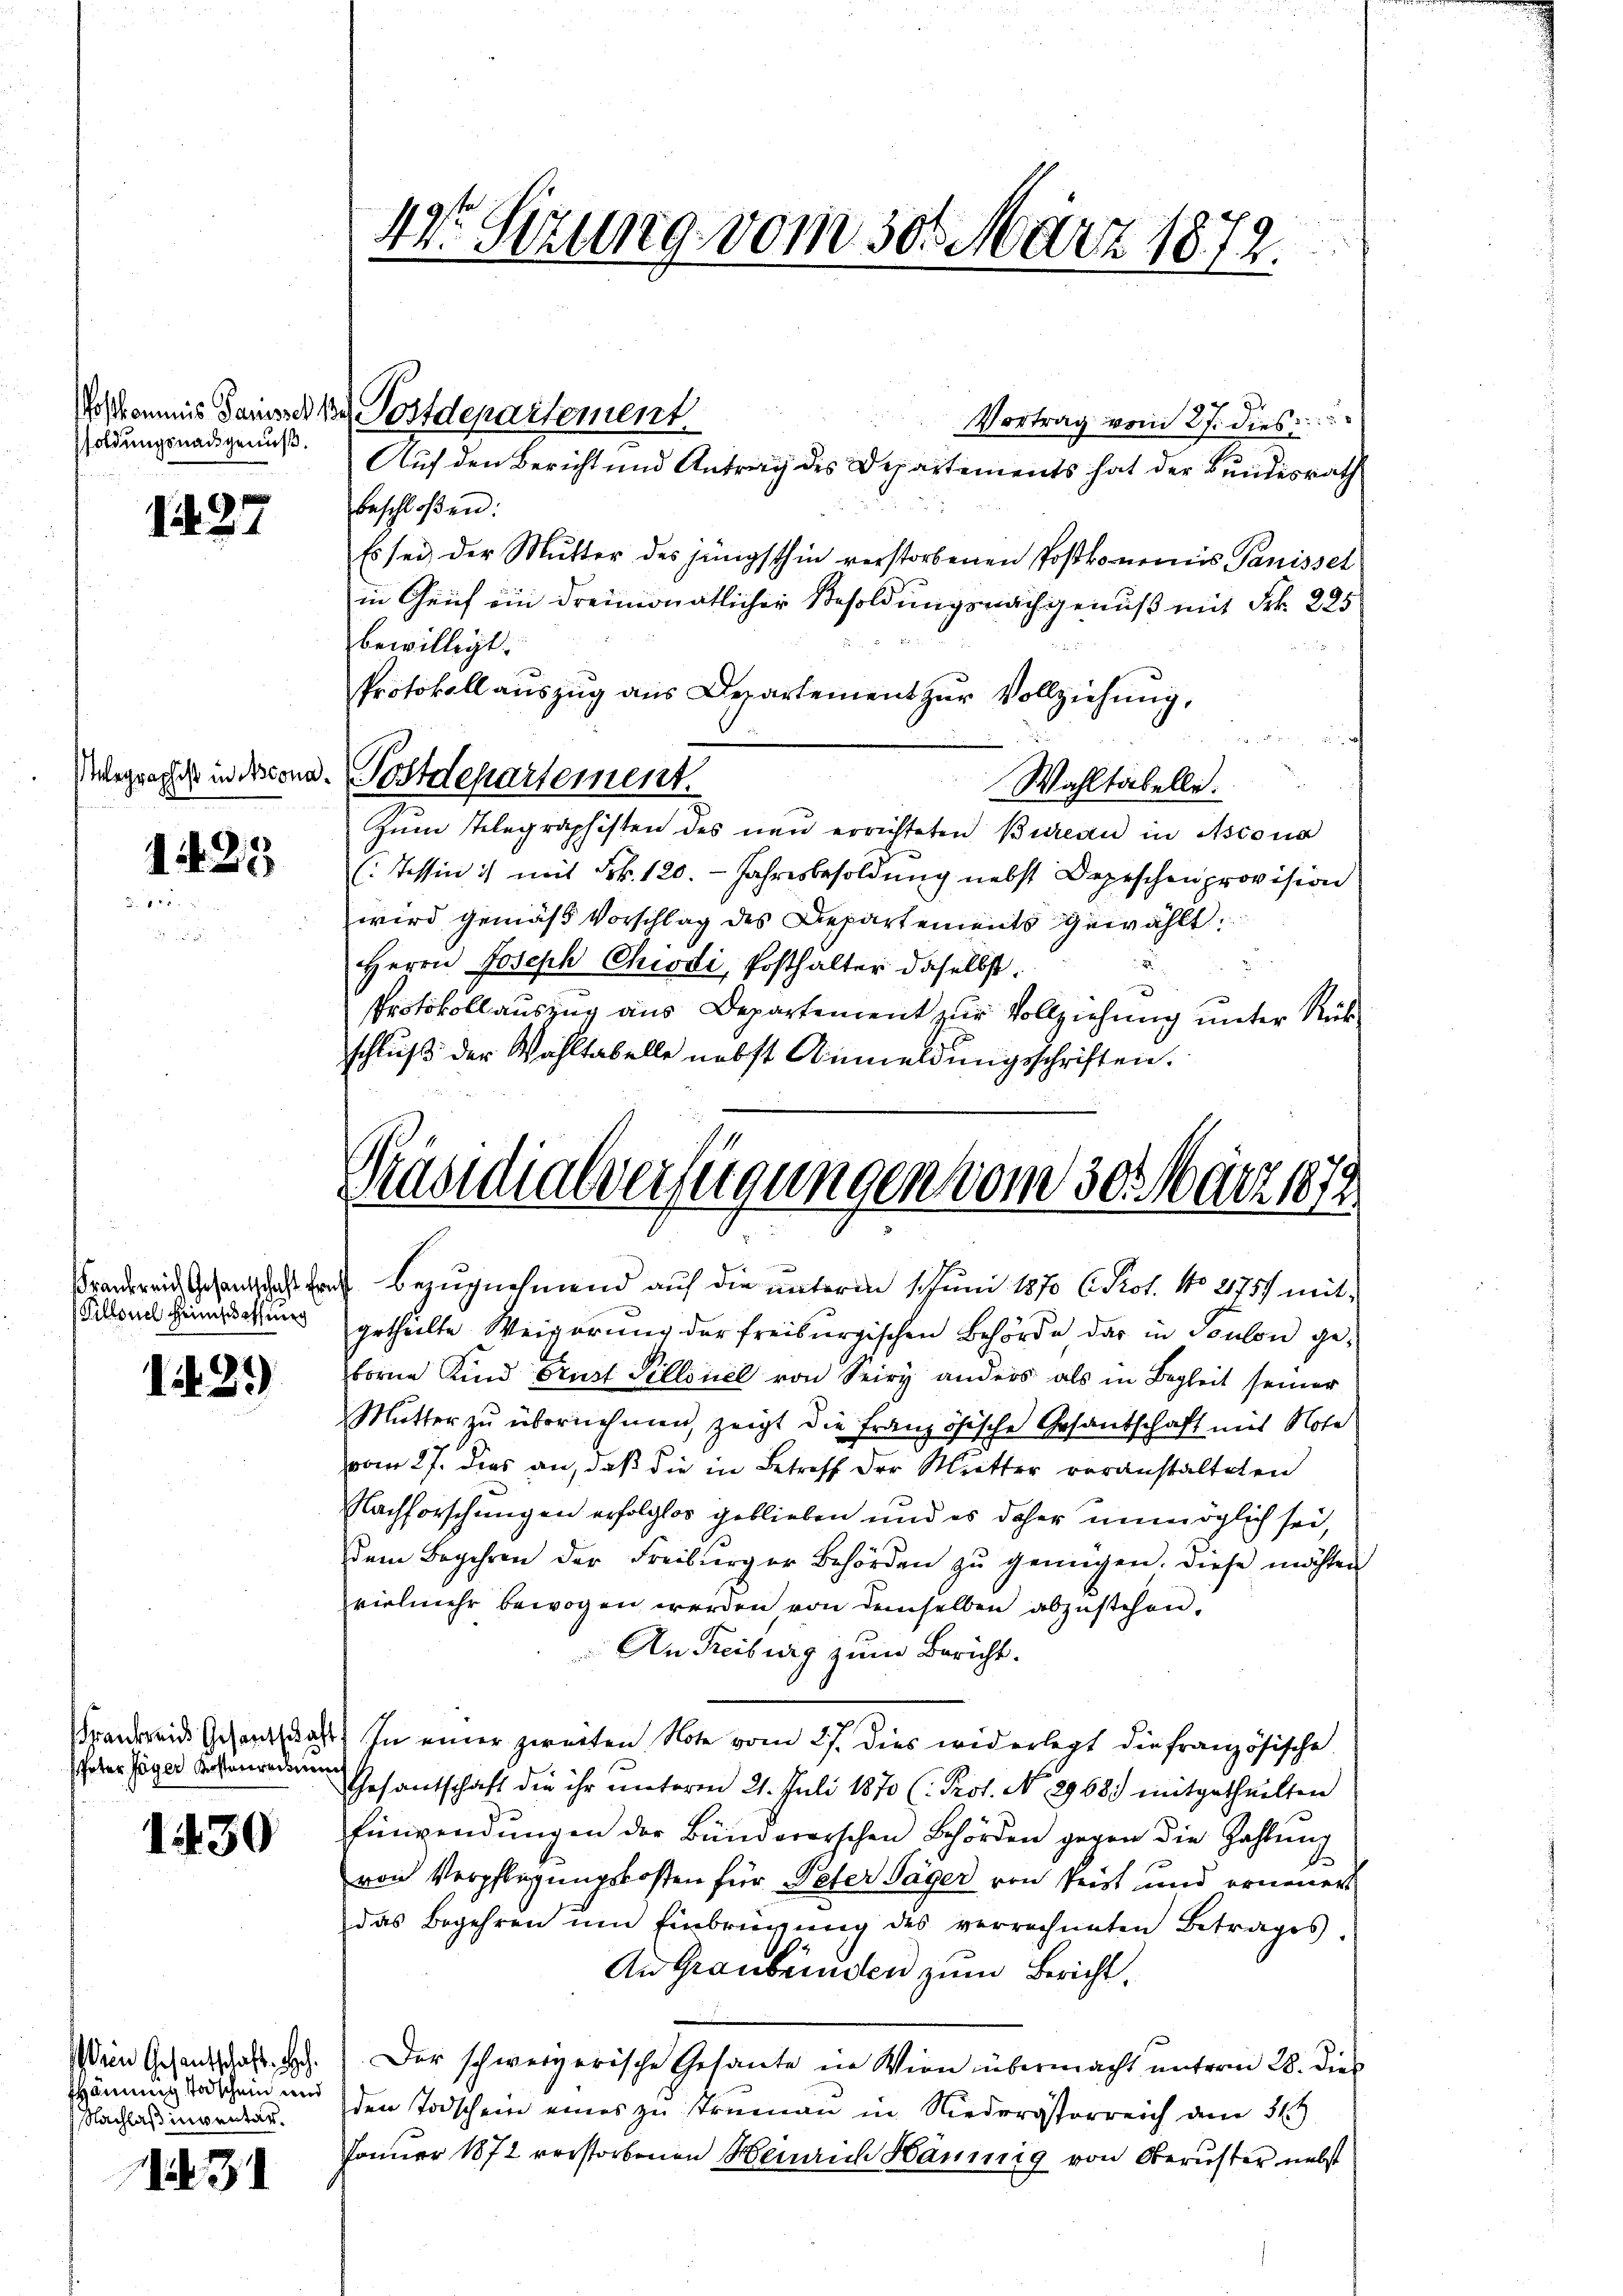
soldungsnachgenuß.

1427

Telegraphist in cona¬

1425

Frankreich Gesandschaft Er¬
Pillonel Heimschaffung

1429)

Frankreis Gesandschaf
Peter Jäger Kostenweise

1430

Wein Gesantschaft, He
Hännig Todschein und
NNachlaß inventar¬

3

bewilligt.

42. Sizung vom 30. März 1872.

Voskommnis danerke Postdepartement.

beschloßen:
Es sei der Mŭtter des jüngsthin verstorbenen Postkomnemis Panisset
in Genf ein dreimonatlicher Besoldungsnachgenuß mit Frk. 225
Protokoll aŭszŭg aŭs Departement zŭr Vollziehung,
a
Postdepartement.
Wahltabelle.
Zum Telegraphisten des neu errichteten Bureau in Ascona
(: Tessin ist mit Frk. 120. Jahresbesoldung nebst Depeschenprovision
wird gemäß Vorschlag des Departements gewählt.
Herrn Joseph Chiodi, Posthalter daselbst.
)
Protokollauszug aus Departement zur Vollziehung unter Rük
schluß der Wahltabelle nebst Anmeldungsschriften.

Vortrag vom 27. dies
Auf den Bericht und Antrag des Departements hat der Bundesrath

Präsidialverfeigungen vom 30. Mart. 1872
 Bezugnehmend auf die unteren 1. Juni 1870 (Prot. No 2757 mit¬

getheilte Weigerung der freiburgischen Behörde dar in Soulon geborne Kind Brust Sillonel von Seiry anders als in Begleit seiner
Mutter zu übernehmen, zeigt die Französische Gesandschaft mit Note
vom 27. dies an, daß die in Betreff der Mutter voranstalteten
Nachforschungen erfolglos geblieben und es daher unmöglich sei,
dem Begehren der Freiburger Behörden zŭ genügen. Diese möchten
vielmehr bewogen werden von demselben abzustehen.
An Freiburg zum Bericht.
 In einer zweiten Note vom 27. dies widerlegt die französische
Gesantschaft die ihr unterm 21. Juli 1870 (: Prot. No. 2968.) mitgetheilten
Einwendŭngen der Bändererschen Behörden gegen die Zahlŭng
von Verpflegungskosten für Peter Jäger von seist und erneuer
das Begehren um Einbrügung des verrechneten Betrages
An Graubünden zum Bericht
Der schweizerische Gesante in Wien übermacht unterm 28. Dies
den Todschein eines zu strumen in Niederösterreich dem 31t
Jänner 1872 verstorbenen Henrich Haumig von Oberuster nebst